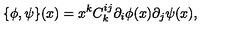
\{ \phi , \psi \} ( x ) = x ^ { k } C _ { k } ^ { i j } \partial _ { i } \phi ( x ) \partial _ { j } \psi ( x ) ,